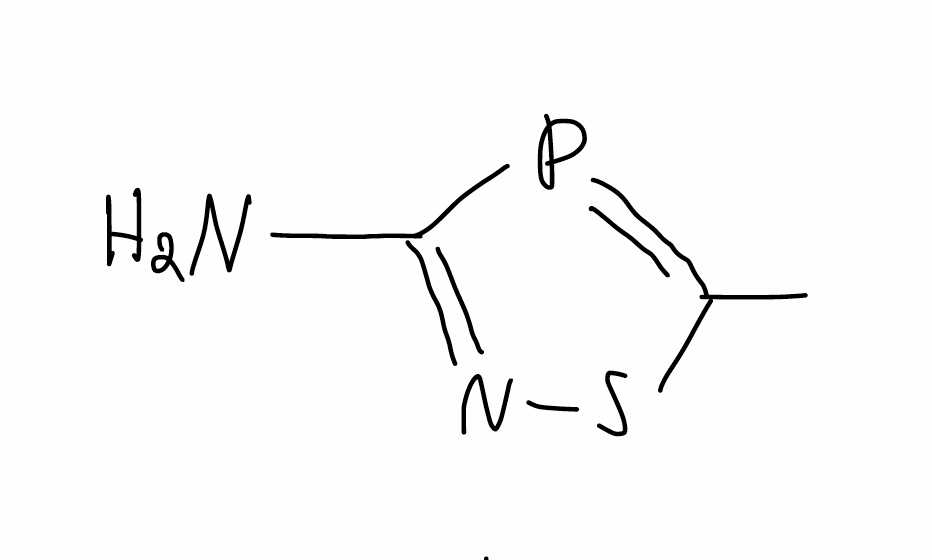
Simplified molecular-input line-entry system (SMILES) notation of the given molecule:
CC1=PC(=NS1)N